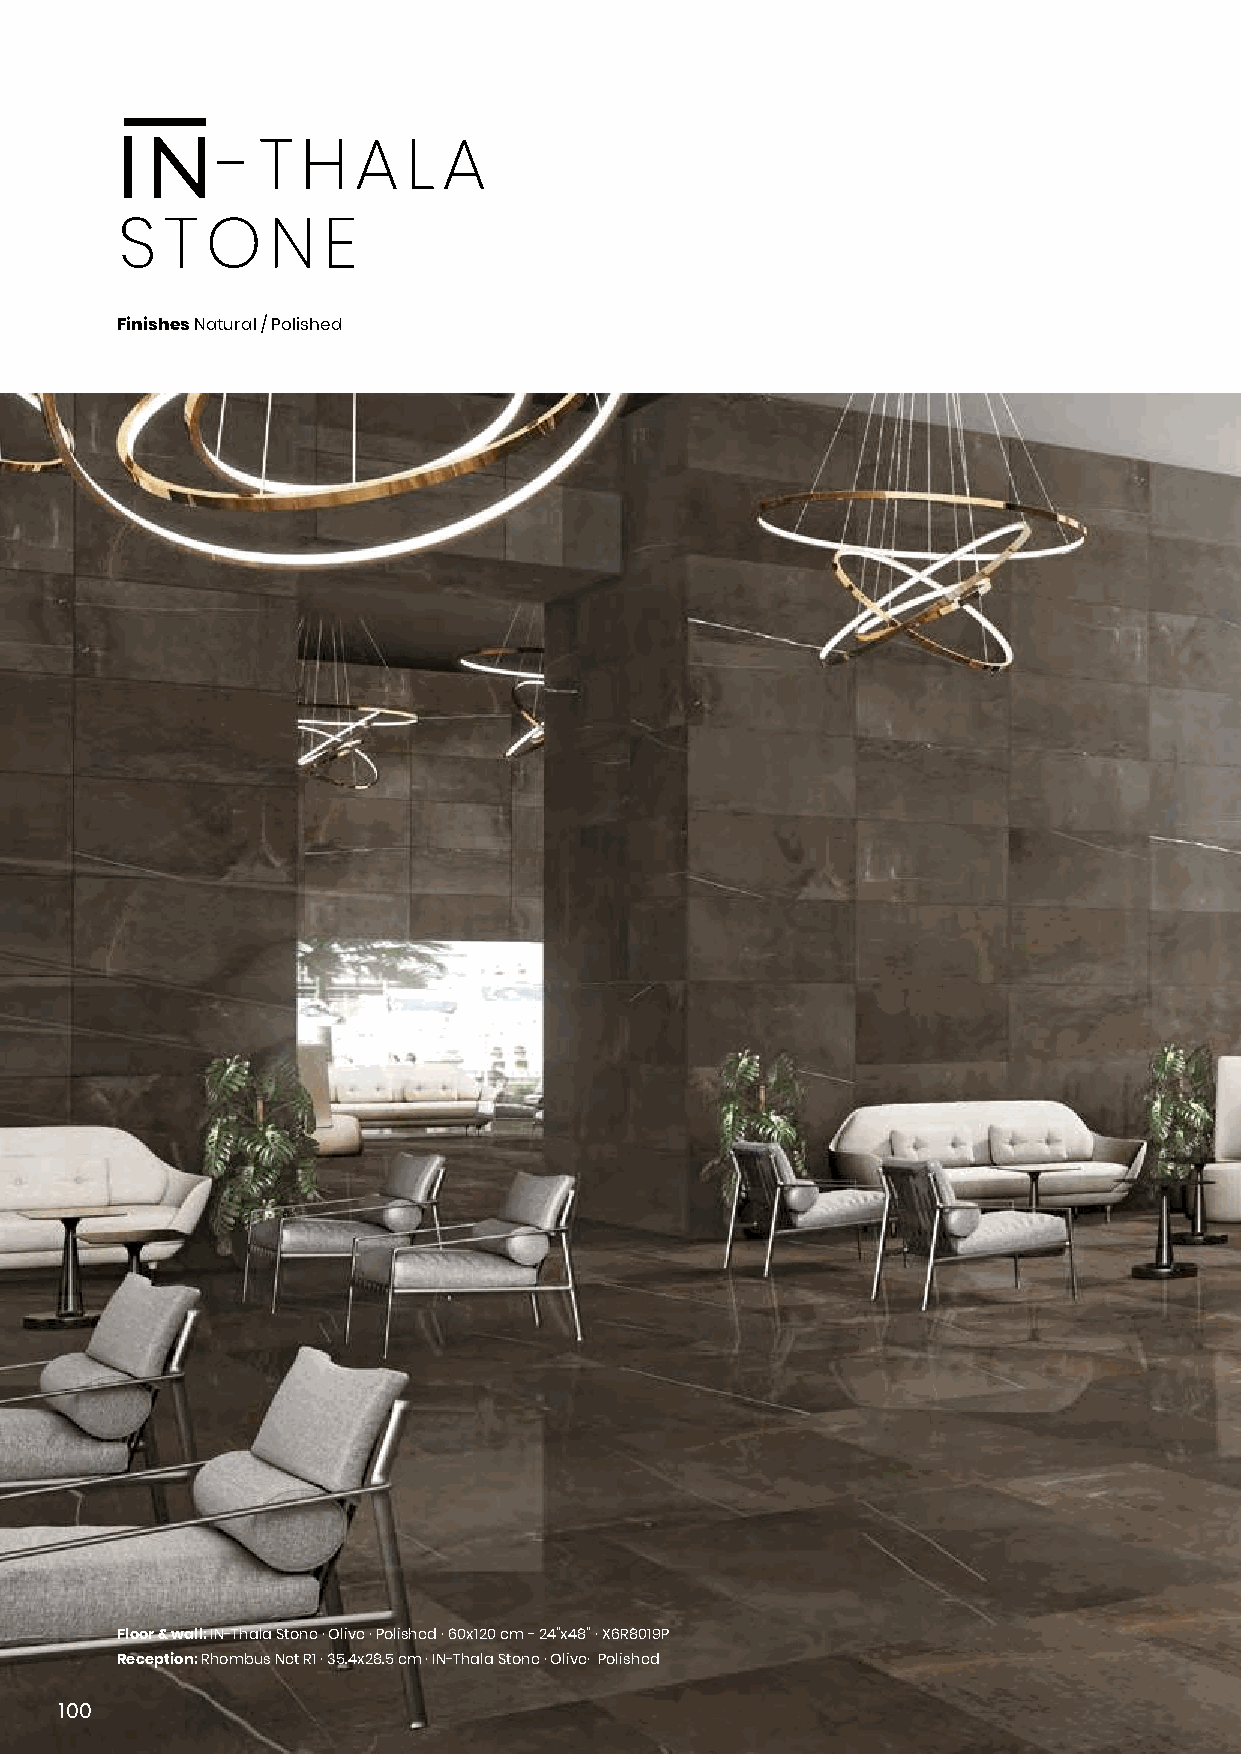
- T  H  A   L A
 S  T  O   N  E
 Finishes Natural / Polished
 Floor & wall: IN-Thala Stone · Olive · Polished · 60x120 cm - 24”x48” · X6R8019P
 Reception: Rhombus Net R1 · 35.4x28.5 cm · IN-Thala Stone · Olive· Polished
 110000